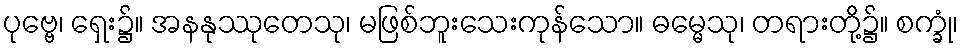
ပုဗ္ဗေ၊ ရှေး၌။ အနနုဿုတေသု၊ မဖြစ်ဘူးသေးကုန်သော။ ဓမ္မေသု၊ တရားတို့၌။ စက္ခုံ၊